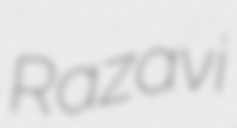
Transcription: Razavi